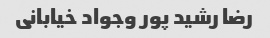
رضا رشید پور وجواد خیابانی